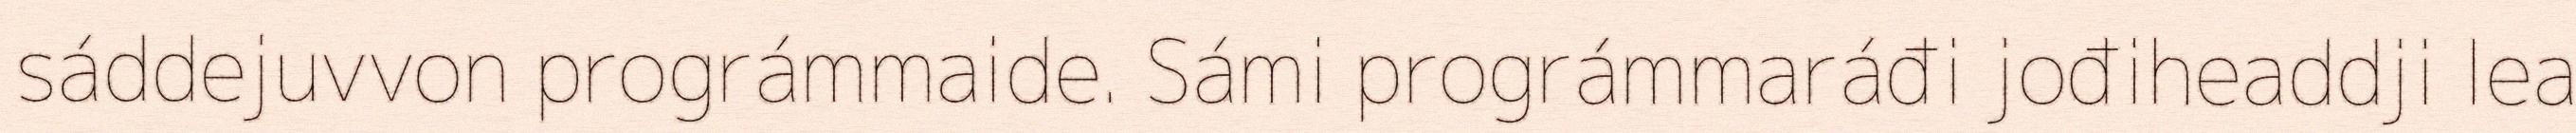
sáddejuvvon prográmmaide. Sámi prográmmaráđi jođiheaddji lea